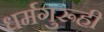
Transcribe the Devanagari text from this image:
धर्मगुरूही